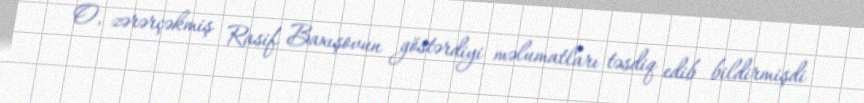
O, zərərçəkmiş Rasif Baxışovun göstərdiyi məlumatları təsdiq edib bildirmişdi